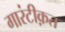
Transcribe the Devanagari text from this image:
गारंटीक़त